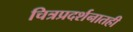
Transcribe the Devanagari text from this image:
चित्रप्रदर्शनातही